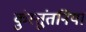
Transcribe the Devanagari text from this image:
कुंस्तुंतनिया